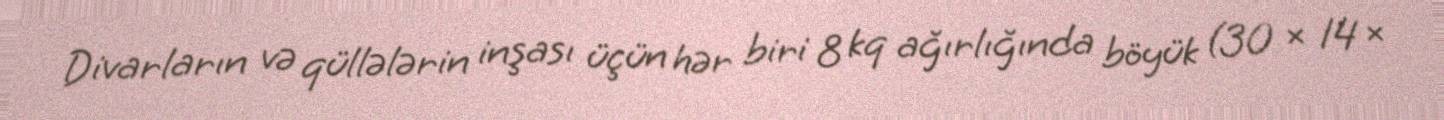
Divarların və qüllələrin inşası üçün hər biri 8 kq ağırlığında böyük (30 × 14 ×